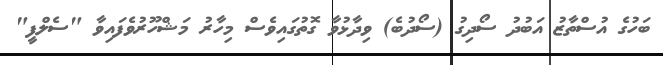
ބަހުގެ އުސްތާޒު އަބުދު ސޯދިގު (ސޯދުބެ) ވިދާޅުވާ ގޮތުގައިވެސް މިހާރު މަޝްހޫރުވެފައިވާ "ސެލްފީ"